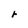
Character: r